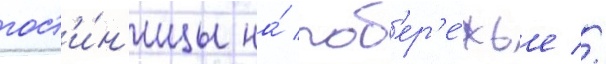
гост'и́н'ицы на́ поб'ер'е́жье //